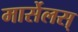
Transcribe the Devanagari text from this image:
मार्सेलस्